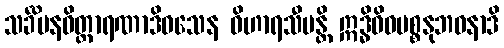
သင်္ခိပနဝိတ္ထာရဏာဒိဝသေန ဝိဟာရသီမန္တိ ဣဒ္ဓိဝိဓပစ္စနုဘဝနာဒိ